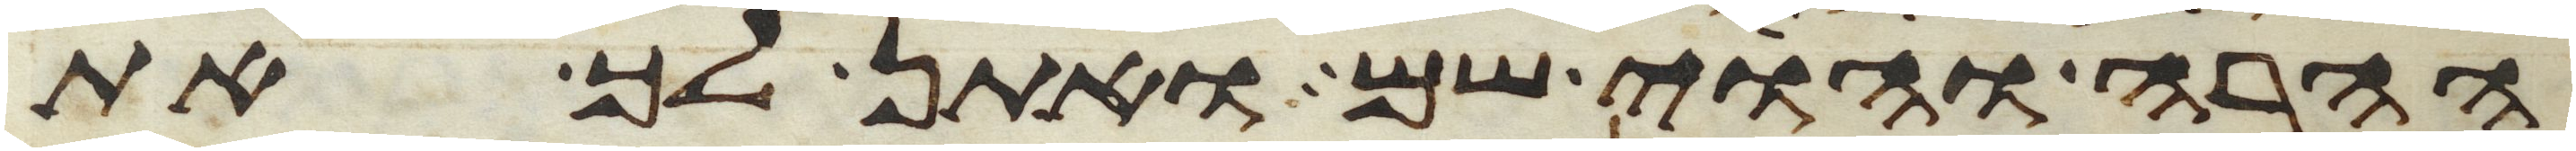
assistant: ההרה והוי שם ואתן לך את